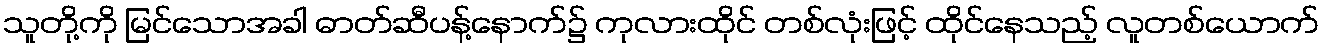
သူတို့ကို မြင်သောအခါ ဓာတ်ဆီပန့်နောက်၌ ကုလားထိုင် တစ်လုံးဖြင့် ထိုင်နေသည့် လူတစ်ယောက်